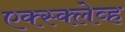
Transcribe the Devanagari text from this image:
एक्स्क्लेव्ह